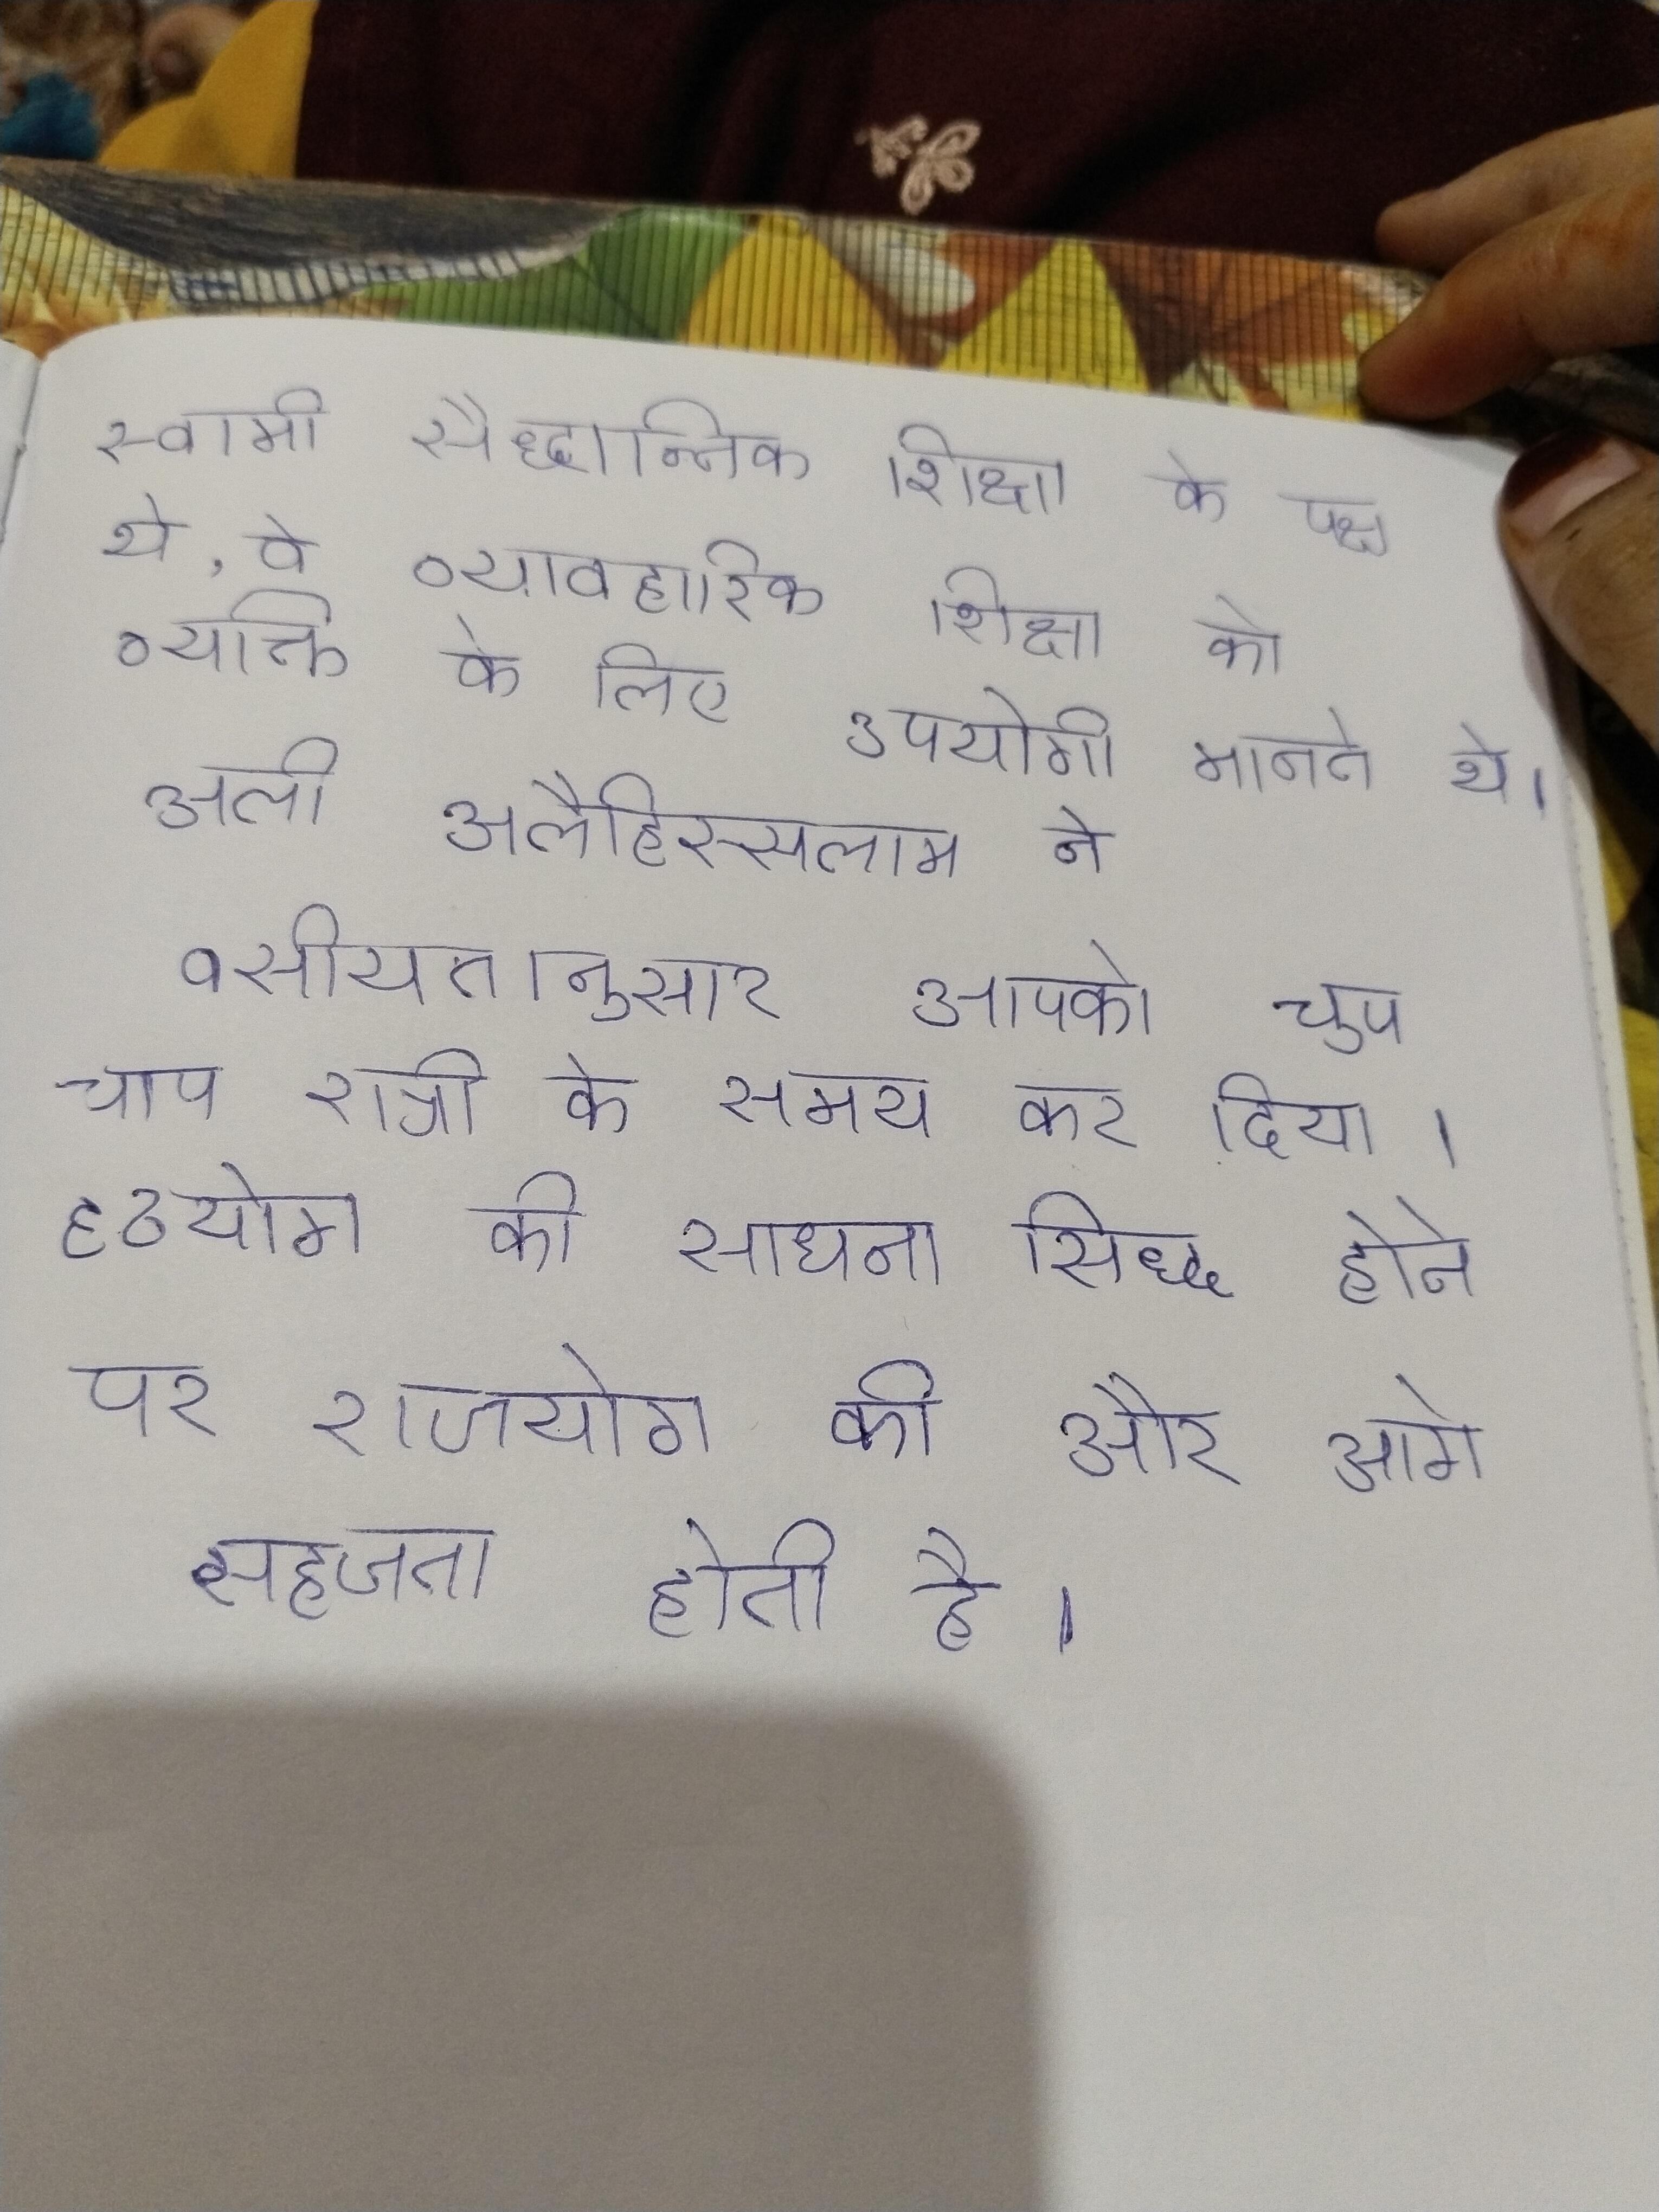
स्वामी सैद्धान्तिक शिक्षा के पक्ष थे, वे व्यावहारिक शिक्षा को व्यक्ति के लिए उपयोगी मानते थे । अली अलैहिस्सलाम ने वसीयतानुसार आपको चुप चाप रात्री के समय कर दिया । हठयोग की साधना सिद्ध होने पर राजयोग की ओर आगे सहजता होती है ।